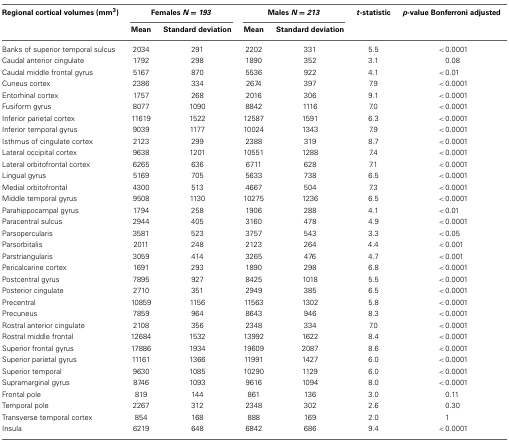
<table><thead><tr><td><b>Regional cortical volumes (mm<sup>3</sup>)</b></td><td colspan="2"><b>Females <i>N = 193</i></b></td><td colspan="2"><b>Males <i>N = 213</i></b></td><td><b><i>t</i>-statistic</b></td><td><b><i>p</i>-value Bonferroni adjusted</b></td></tr><tr><td>[EMPTY_CELL]</td><td><b>Mean</b></td><td><b>Standard deviation</b></td><td><b>Mean</b></td><td><b>Standard deviation</b></td><td>[EMPTY_CELL]</td><td>[EMPTY_CELL]</td></tr></thead><tbody><tr><td>Banks of superior temporal sulcus</td><td>2034</td><td>291</td><td>2202</td><td>331</td><td>5.5</td><td>&lt;0.0001</td></tr><tr><td>Caudal anterior cingulate</td><td>1792</td><td>298</td><td>1890</td><td>352</td><td>3.1</td><td>0.08</td></tr><tr><td>Caudal middle frontal gyrus</td><td>5167</td><td>870</td><td>5536</td><td>922</td><td>4.1</td><td>&lt;0.01</td></tr><tr><td>Cuneus cortex</td><td>2386</td><td>334</td><td>2674</td><td>397</td><td>7.9</td><td>&lt;0.0001</td></tr><tr><td>Entorhinal cortex</td><td>1757</td><td>268</td><td>2016</td><td>306</td><td>9.1</td><td>&lt;0.0001</td></tr><tr><td>Fusiform gyrus</td><td>8077</td><td>1090</td><td>8842</td><td>1116</td><td>7.0</td><td>&lt;0.0001</td></tr><tr><td>Inferior parietal cortex</td><td>11619</td><td>1522</td><td>12587</td><td>1591</td><td>6.3</td><td>&lt;0.0001</td></tr><tr><td>Inferior temporal gyrus</td><td>9039</td><td>1177</td><td>10024</td><td>1343</td><td>7.9</td><td>&lt;0.0001</td></tr><tr><td>Isthmus of cingulate cortex</td><td>2123</td><td>299</td><td>2388</td><td>319</td><td>8.7</td><td>&lt;0.0001</td></tr><tr><td>Lateral occipital cortex</td><td>9638</td><td>1201</td><td>10551</td><td>1288</td><td>7.4</td><td>&lt;0.0001</td></tr><tr><td>Lateral orbitofrontal cortex</td><td>6265</td><td>636</td><td>6711</td><td>628</td><td>7.1</td><td>&lt;0.0001</td></tr><tr><td>Lingual gyrus</td><td>5169</td><td>705</td><td>5633</td><td>738</td><td>6.5</td><td>&lt;0.0001</td></tr><tr><td>Medial orbitofrontal</td><td>4300</td><td>513</td><td>4667</td><td>504</td><td>7.3</td><td>&lt;0.0001</td></tr><tr><td>Middle temporal gyrus</td><td>9508</td><td>1130</td><td>10275</td><td>1236</td><td>6.5</td><td>&lt;0.0001</td></tr><tr><td>Parahippocampal gyrus</td><td>1794</td><td>258</td><td>1906</td><td>288</td><td>4.1</td><td>&lt;0.01</td></tr><tr><td>Paracentral sulcus</td><td>2944</td><td>405</td><td>3160</td><td>478</td><td>4.9</td><td>&lt;0.0001</td></tr><tr><td>Parsopercularis</td><td>3581</td><td>523</td><td>3757</td><td>543</td><td>3.3</td><td>&lt;0.05</td></tr><tr><td>Parsorbitalis</td><td>2011</td><td>248</td><td>2123</td><td>264</td><td>4.4</td><td>&lt;0.001</td></tr><tr><td>Parstriangularis</td><td>3059</td><td>414</td><td>3265</td><td>476</td><td>4.7</td><td>&lt;0.001</td></tr><tr><td>Pericalcarine cortex</td><td>1691</td><td>293</td><td>1890</td><td>298</td><td>6.8</td><td>&lt;0.0001</td></tr><tr><td>Postcentral gyrus</td><td>7895</td><td>927</td><td>8425</td><td>1018</td><td>5.5</td><td>&lt;0.0001</td></tr><tr><td>Posterior cingulate</td><td>2710</td><td>351</td><td>2949</td><td>385</td><td>6.5</td><td>&lt;0.0001</td></tr><tr><td>Precentral</td><td>10859</td><td>1156</td><td>11563</td><td>1302</td><td>5.8</td><td>&lt;0.0001</td></tr><tr><td>Precuneus</td><td>7859</td><td>964</td><td>8643</td><td>946</td><td>8.3</td><td>&lt;0.0001</td></tr><tr><td>Rostral anterior cingulate</td><td>2108</td><td>356</td><td>2348</td><td>334</td><td>7.0</td><td>&lt;0.0001</td></tr><tr><td>Rostral middle frontal</td><td>12684</td><td>1532</td><td>13992</td><td>1622</td><td>8.4</td><td>&lt;0.0001</td></tr><tr><td>Superior frontal gyrus</td><td>17886</td><td>1934</td><td>19609</td><td>2087</td><td>8.6</td><td>&lt;0.0001</td></tr><tr><td>Superior parietal gyrus</td><td>11161</td><td>1366</td><td>11991</td><td>1427</td><td>6.0</td><td>&lt;0.0001</td></tr><tr><td>Superior temporal</td><td>9630</td><td>1085</td><td>10290</td><td>1129</td><td>6.0</td><td>&lt;0.0001</td></tr><tr><td>Supramarginal gyrus</td><td>8746</td><td>1093</td><td>9616</td><td>1094</td><td>8.0</td><td>&lt;0.0001</td></tr><tr><td>Frontal pole</td><td>819</td><td>144</td><td>861</td><td>136</td><td>3.0</td><td>0.11</td></tr><tr><td>Temporal pole</td><td>2267</td><td>312</td><td>2348</td><td>302</td><td>2.6</td><td>0.30</td></tr><tr><td>Transverse temporal cortex</td><td>854</td><td>168</td><td>888</td><td>169</td><td>2.0</td><td>1</td></tr><tr><td>Insula</td><td>6219</td><td>648</td><td>6842</td><td>686</td><td>9.4</td><td>&lt;0.0001</td></tr></tbody></table>